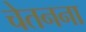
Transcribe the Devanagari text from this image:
चेतनना